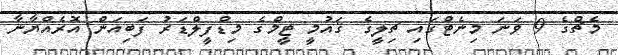
މެޗްގެ 9 ވަނަ މިނެޓްގައި ޗިލީގެ ޤައުމީ ޓީމްގެ މިޑްފީލްޑަރު ފަބިއަން އޮރެއްޔާނާ